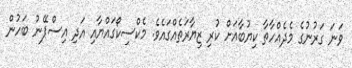
ވަނަ ގަރުނުގެ މެދެއްހާތާ ކިޔުބާއަށް ކުރި ޒިޔާރަތެއްގައެވެ. މެކްސިކޯގައްޔާއި އަދި އިސްޕޭނު ބަހުން